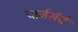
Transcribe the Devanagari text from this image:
चार्जर्सचे